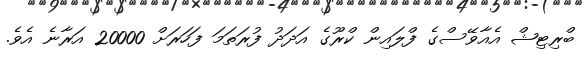
ބްރިޓިޝް އެއާވޭސްގެ ފްލައިން ކްރޫގެ އަދަދު ފުރަތަމަ ފަހަރަށް 20000 އަރާނެ އެވެ.